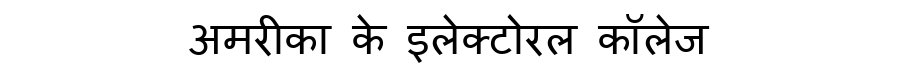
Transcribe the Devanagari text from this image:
अमरीका के इलेक्टोरल कॉलेज